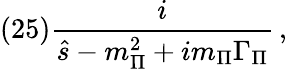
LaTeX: (25)\frac{i}{\hat{s}-m_{\Pi}^{2}+im_{\Pi}\Gamma_{\Pi}}\, ,